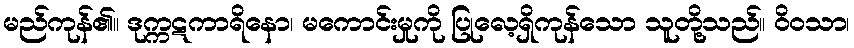
မည်ကုန်၏။ ဒုက္ကဋကာရိနော၊ မကောင်းမှုကို ပြုလေ့ရှိကုန်သော သူတို့သည်။ ဝိဝသာ၊